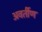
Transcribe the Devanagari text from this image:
अवर्तीण